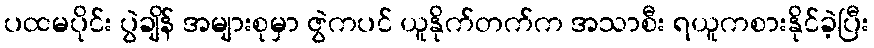
ပထမပိုင်း ပွဲချိန် အများစုမှာ ဇွဲကပင် ယူနိုက်တက်က အသာစီး ရယူကစားနိုင်ခဲ့ပြီး